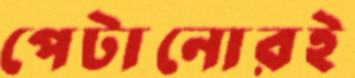
পেটানোরই